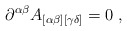
\begin{align*} \partial^{\alpha\beta} A_{[\alpha\beta][\gamma\delta]}=0\;,\end{align*}